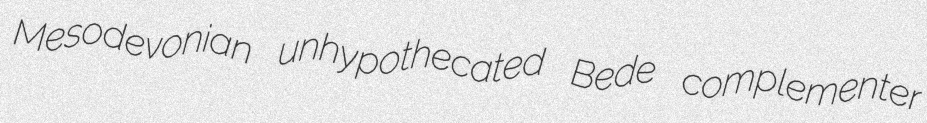
Mesodevonian unhypothecated Bede complementer